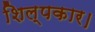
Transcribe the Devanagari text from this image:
शिल्पकार।